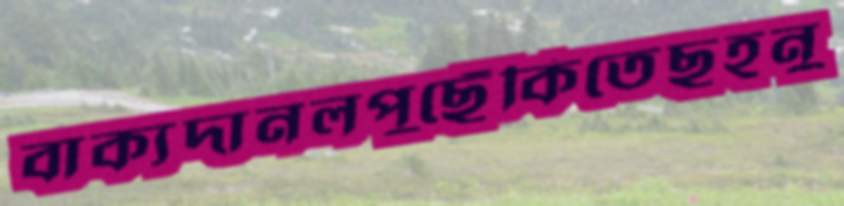
বাক্যদানলপুছেঁকিতেছহনু